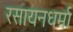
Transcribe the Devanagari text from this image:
रसायनधर्मा